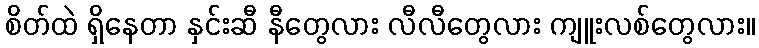
စိတ်ထဲ ရှိနေတာ နှင်းဆီ နီတွေလား လီလီတွေလား ကျူးလစ်တွေလား။